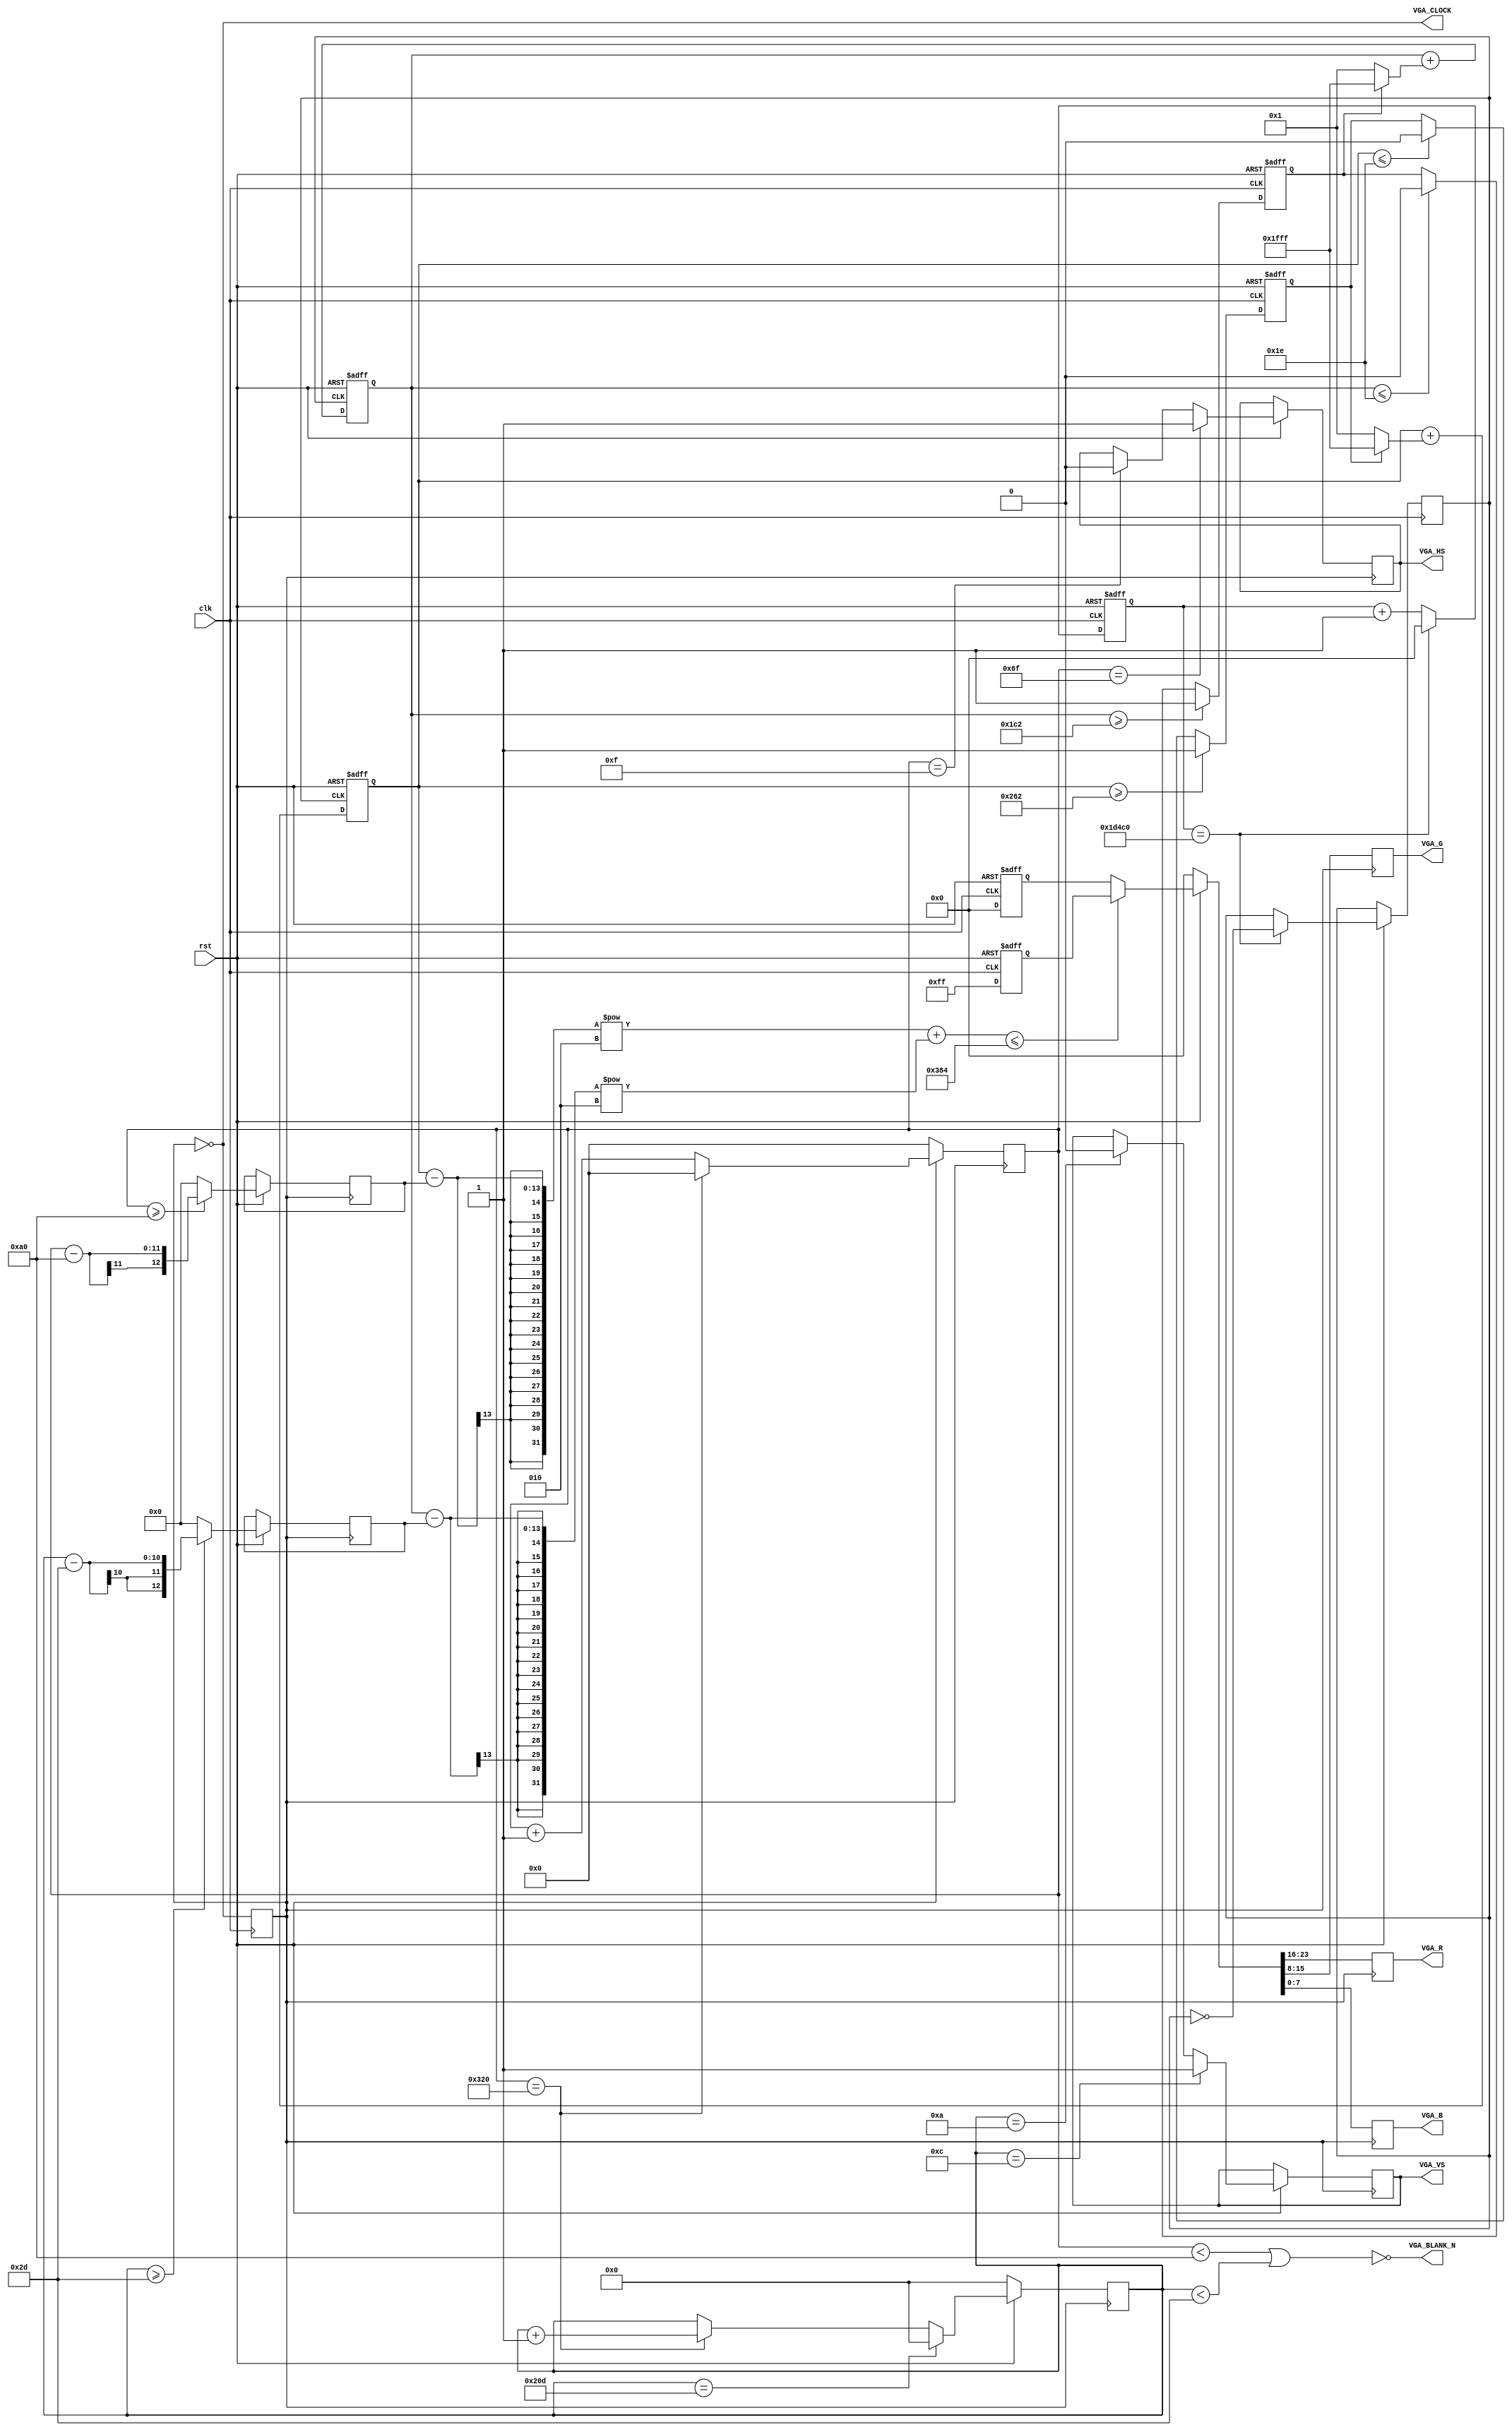
module VGA(clk, rst, VGA_HS, VGA_VS ,VGA_R, VGA_G, VGA_B,VGA_BLANK_N,VGA_CLOCK);

input clk, rst;		//clk 50MHz
output VGA_HS, VGA_VS;
output reg [7:0] VGA_R,VGA_G,VGA_B;
output VGA_BLANK_N,VGA_CLOCK;

reg VGA_HS, VGA_VS;
reg[10:0] counterHS;
reg[9:0] counterVS;
reg [2:0] valid;
reg clk25M;

reg [12:0] X,Y;

parameter H_FRONT = 16;
parameter H_SYNC  = 96;
parameter H_BACK  = 48;
parameter H_ACT   = 640;//
parameter H_BLANK = H_FRONT + H_SYNC + H_BACK;
parameter H_TOTAL = H_FRONT + H_SYNC + H_BACK + H_ACT;

parameter V_FRONT = 11;
parameter V_SYNC  = 2;
parameter V_BACK  = 32;
parameter V_ACT   = 480;//
parameter V_BLANK = V_FRONT + V_SYNC + V_BACK;
parameter V_TOTAL = V_FRONT + V_SYNC + V_BACK + V_ACT;
assign VGA_SYNC_N = 1'b0;
assign VGA_BLANK_N = ~((counterHS<H_BLANK)||(counterVS<V_BLANK));
assign VGA_CLOCK = ~clk25M;

always@(posedge clk)
	clk25M = ~clk25M;


always@(posedge clk25M)
begin
	if(!rst) 
		counterHS <= 0;
	else begin
	
		if(counterHS == H_TOTAL) 
			counterHS <= 0;
		else 
			counterHS <= counterHS + 1'b1;
		
		if(counterHS == H_FRONT-1)
			VGA_HS <= 1'b0;
		if(counterHS == H_FRONT + H_SYNC -1)
			VGA_HS <= 1'b1;
			
		if(counterHS >= H_BLANK)
			X <= counterHS-H_BLANK;
		else
			X <= 0;	
	end
end

always@(posedge clk25M)
begin
	if(!rst) 
		counterVS <= 0;
	else begin
	
		if(counterVS == V_TOTAL) 
			counterVS <= 0;
		else if(counterHS == H_TOTAL) 
			counterVS <= counterVS + 1'b1;
			
		if(counterVS == V_FRONT-1)
			VGA_VS <= 1'b0;
		if(counterVS == V_FRONT + V_SYNC -1)
			VGA_VS <= 1'b1;
		if(counterVS >= V_BLANK)
			Y <= counterVS-V_BLANK;
		else
			Y <= 0;
	end
end

reg [23:0]color[3:0];

always@(posedge clk25M)
begin
	if (!rst) 
	begin
		{VGA_R,VGA_G,VGA_B}<=0;
   end
	else 
	begin
		if((Point_X - X)**2 + (Point_Y - Y)**2 <= Radius**2)begin
			{VGA_R,VGA_G,VGA_B}<=color[0];
		end	else begin
			{VGA_R,VGA_G,VGA_B}<=color[3];
		end
   end
end

always@(posedge clk,negedge rst)begin
	if(!rst)begin
		color[0]<=24'h000000;//
		color[1]<=24'h000000;//
		color[2]<=24'h000000;//
		color[3]<=24'h000000;//
	end else begin
		color[0]<=24'h0000ff;//blue
		color[1]<=24'h00ff00;//green
		color[2]<=24'hff0000;//bred
		color[3]<=24'h000000;//
	end
end


reg [23:0] clk12500k_count;
reg clk12500k;
always@(posedge clk,negedge rst)begin
	if(!rst)begin
		clk12500k_count <= 0;
	end else begin
		if(clk12500k_count == 120000)begin
			clk12500k <= ~ clk12500k;
			clk12500k_count <= 0;
		end else begin
			clk12500k_count <= clk12500k_count + 1;
		end
	end
end

reg [12:0] Point_X,Point_Y;
parameter Radius = 30;
always@(posedge clk12500k,negedge rst)begin
	if(!rst)begin
		Point_X <= 200;
		Point_Y <= 200;
	end else begin
		Point_X <= Point_X + (Mov_X ? -1 : 1);
		Point_Y <= Point_Y + (Mov_Y ? -1 : 1);
	end
end

reg Mov_X, Mov_Y;

always@(posedge clk,negedge rst)begin
	if(!rst)begin
		Mov_X <= 0;
		Mov_Y <= 1;
	end else begin
		if(Point_Y <=       Radius) Mov_Y <= 0;
		if(Point_Y >= 480 - Radius) Mov_Y <= 1;
		if(Point_X <=       Radius) Mov_X <= 0;
		if(Point_X >= 640 - Radius) Mov_X <= 1;
	end
end
endmodule